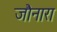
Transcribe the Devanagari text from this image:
जौनारा